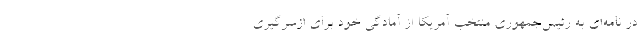
در نامه‌ای به رئیس‌جمهوری منتخب آمریکا از آمادگی خود برای ازسرگیری